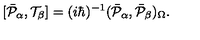
\lbrack \bar { { \cal P } } _ { \alpha } , { \cal T } _ { \beta } ] = ( i \hbar ) ^ { - 1 } ( \bar { { \cal P } } _ { \alpha } , \bar { { \cal P } } _ { \beta } ) _ { \Omega } .